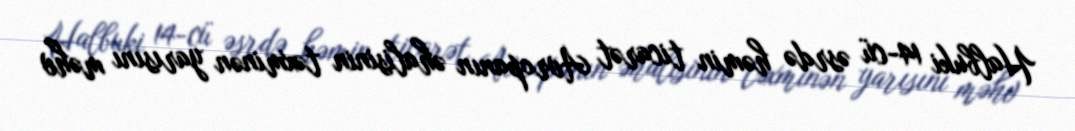
Halbuki 14-cü əsrdə həmin ticarət Avropanın əhalisinin təxminən yarısını məhv